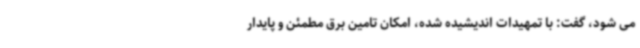
می شود، گفت: با تمهیدات اندیشیده شده، امکان تامین برق مطمئن و پایدار